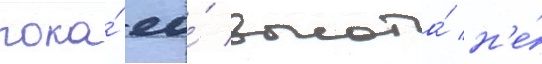
пока́ ео́ высота́ н'е́